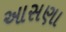
આસણા